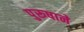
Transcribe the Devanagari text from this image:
पुरूषाने